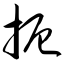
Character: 扼